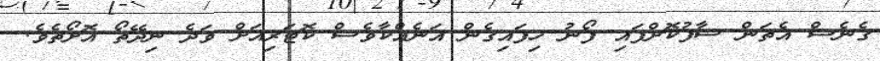
ގެނެސް އެތަން ސާފުކޮށްފައި ފޯނު ހިފައިގެން އަނެއްކާވެސް ކޮޓަރިއަށް ވަދެ ނިދޭތޯ އޮށޯތެވެ.